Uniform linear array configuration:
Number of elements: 32
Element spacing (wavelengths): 0.25
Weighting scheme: hann
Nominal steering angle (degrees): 30
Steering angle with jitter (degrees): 29.755
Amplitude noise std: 0.05
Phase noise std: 0.05

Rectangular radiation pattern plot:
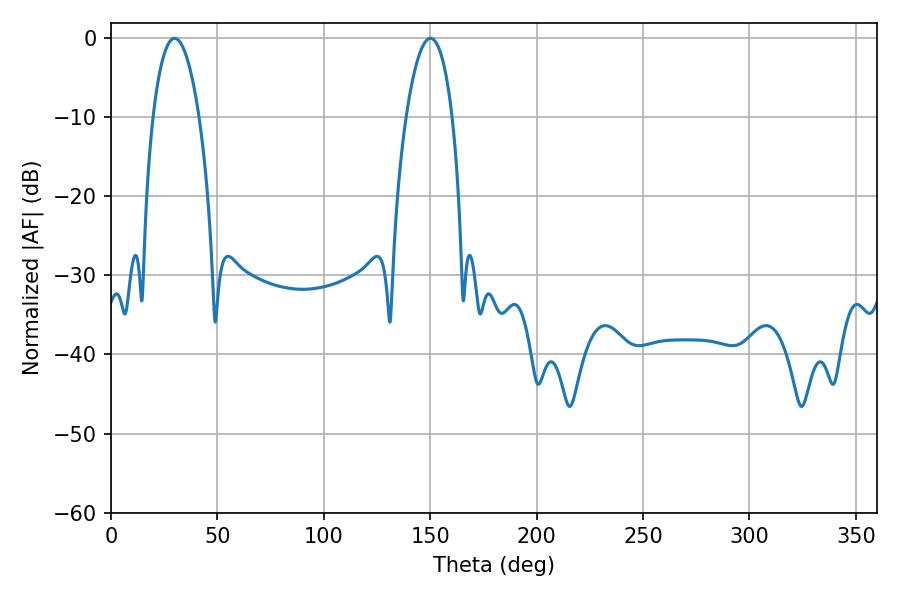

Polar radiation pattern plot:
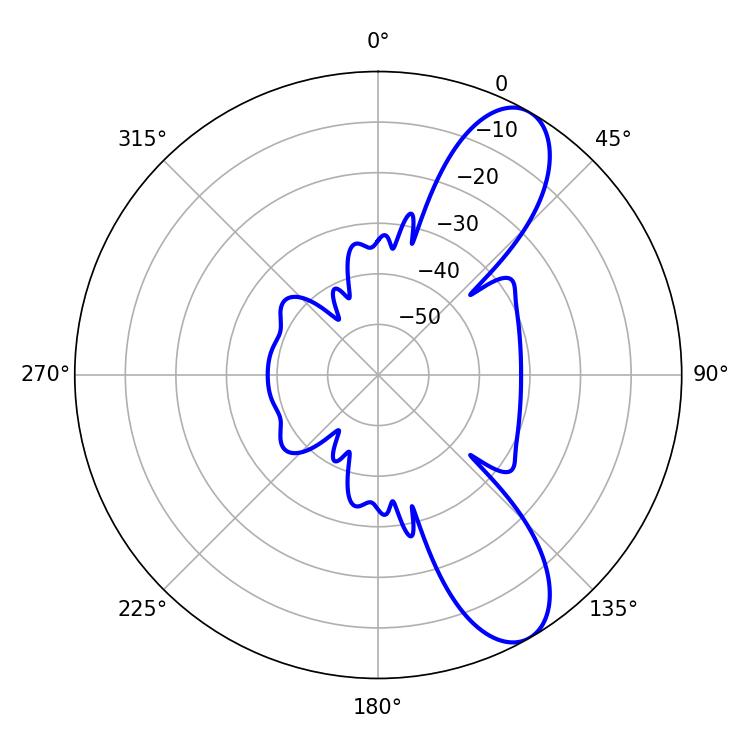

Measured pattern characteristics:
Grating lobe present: FALSE
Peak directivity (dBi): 9.461
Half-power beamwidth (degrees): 12.24
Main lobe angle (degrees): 29.88